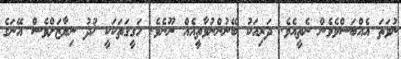
ނުވަތަ އެއްބަސްވެވެން ނެތީއެވެ. ދަރިއަކު ބޭނުންނުވާތީއެއް ނޫނެވެ. ހަގީގަތަކަކީ ޚުދު ނިޔާޒަށްވެސް އޭނަގެ